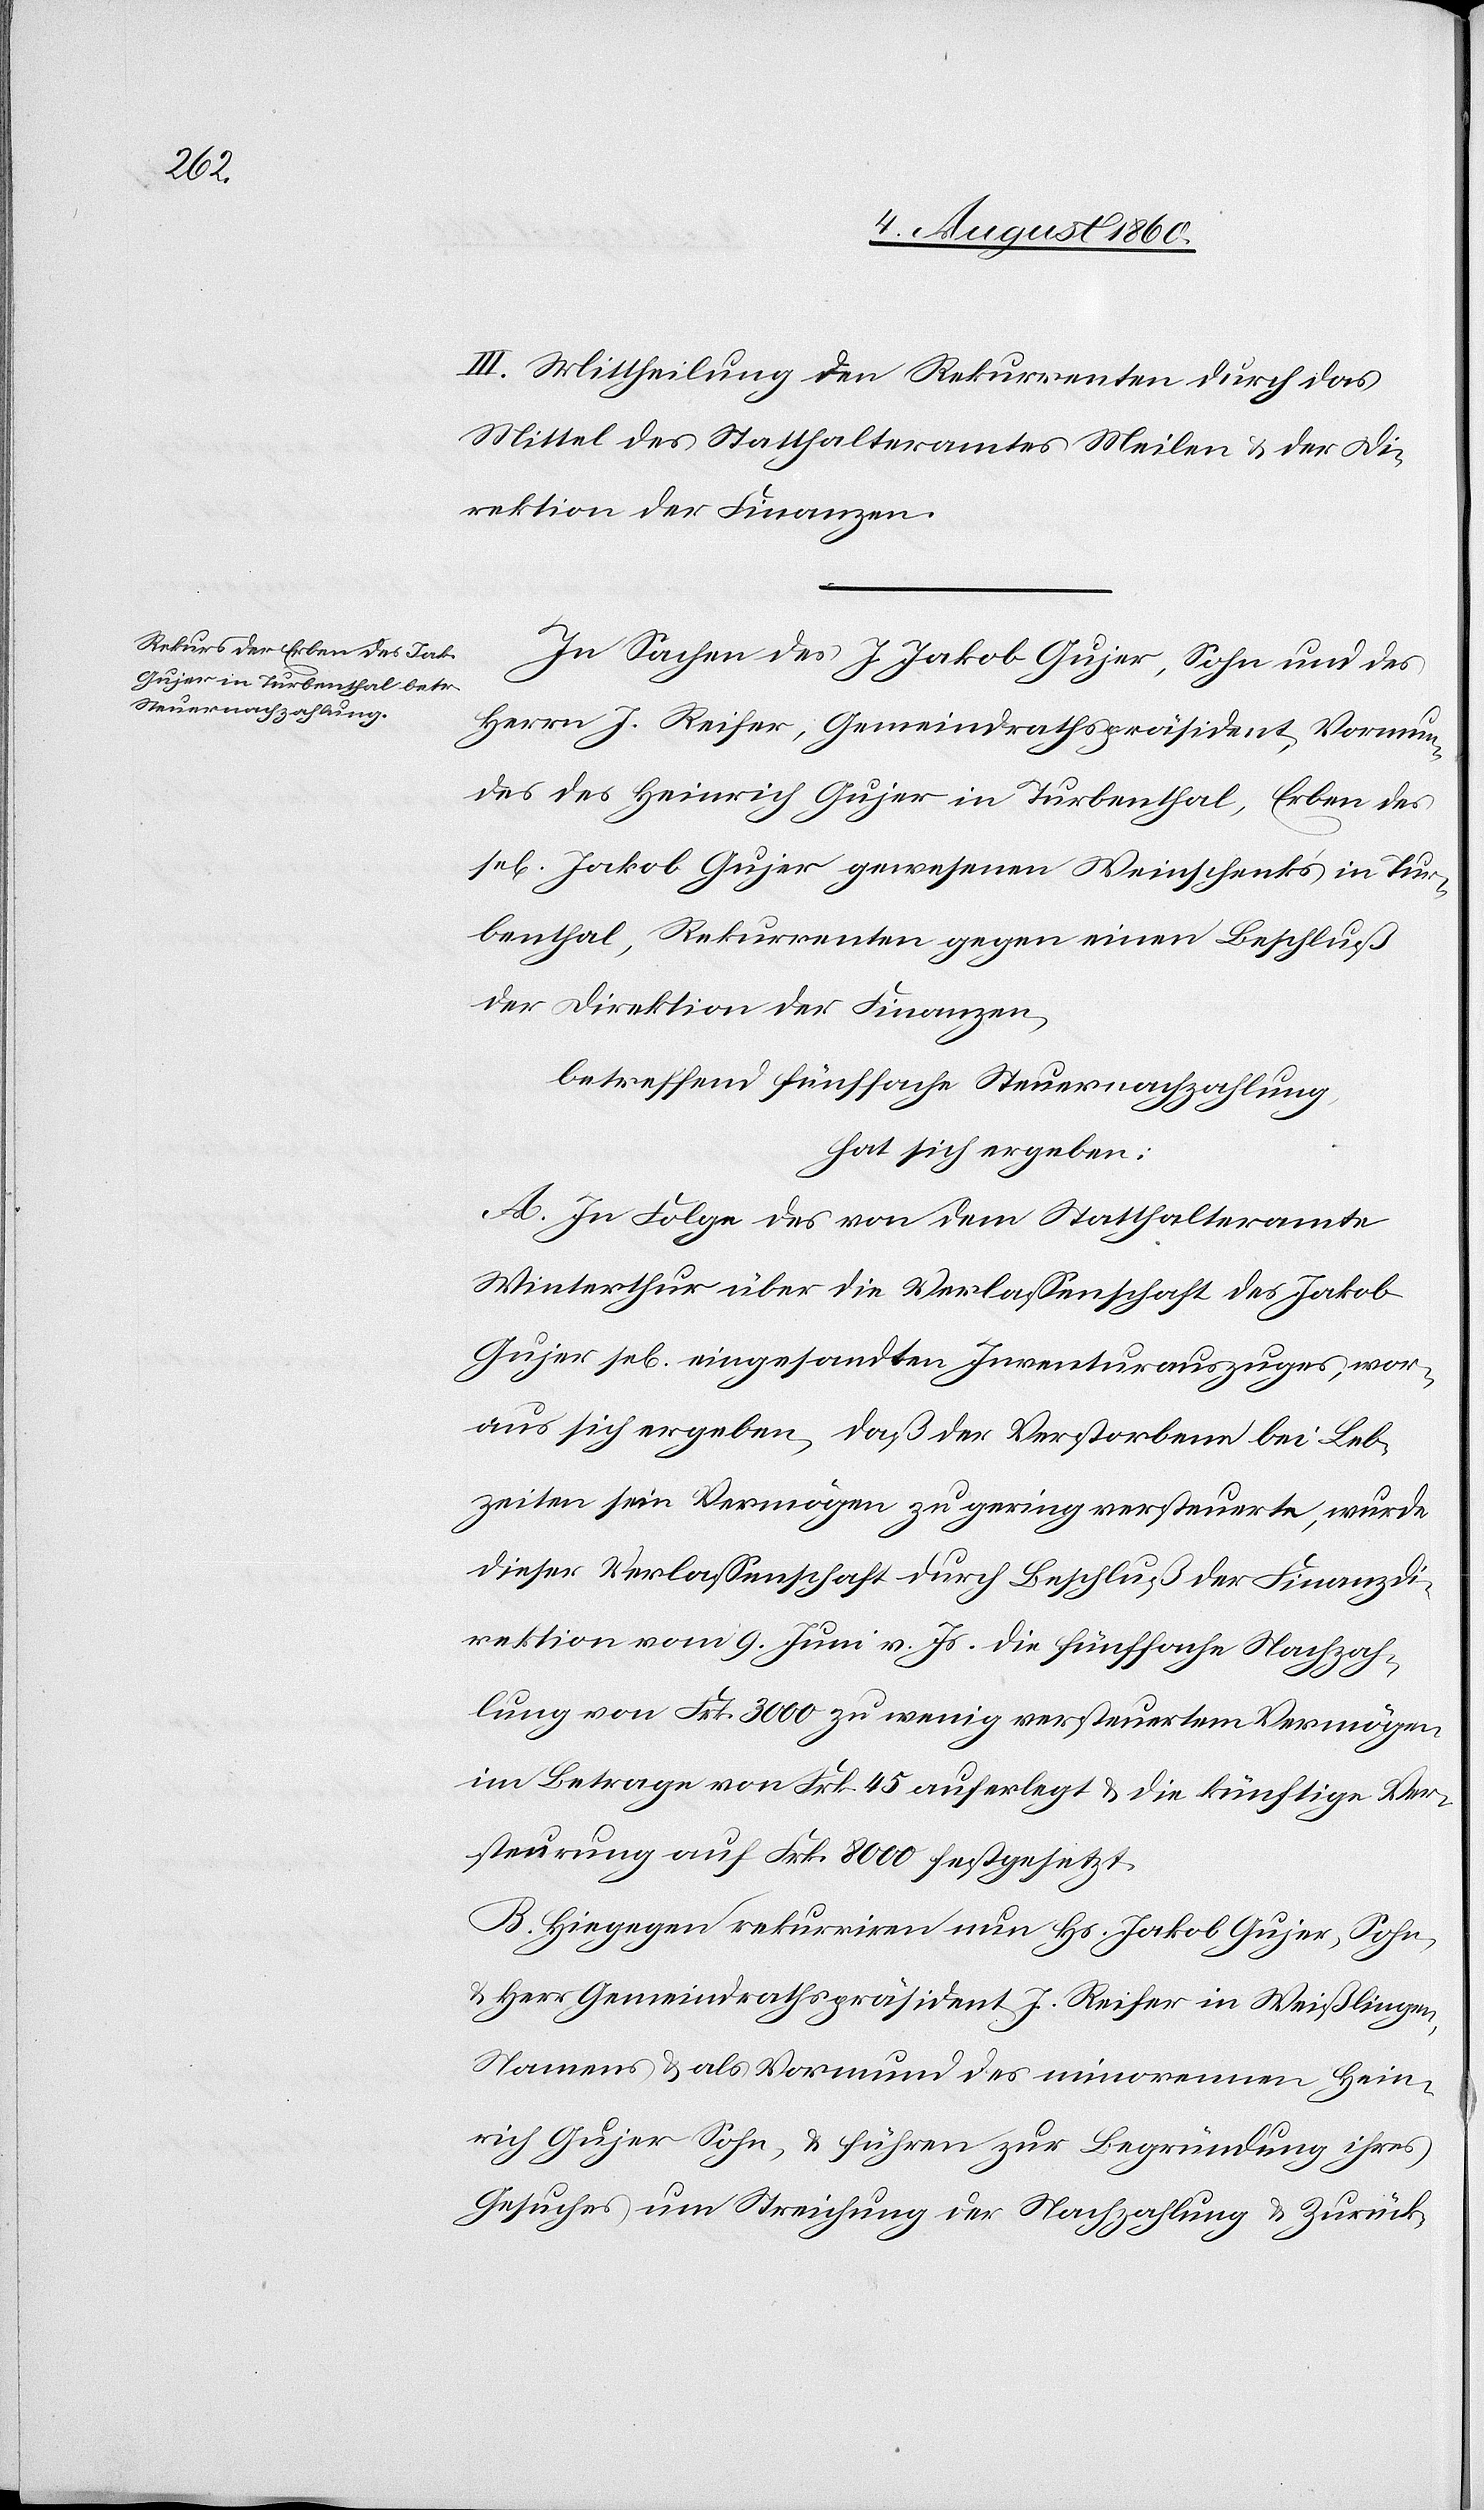
III. Mittheilung den Rekurrenten durch das
Mittel des Statthalteramtes Meilen und der Di¬
rektion der Finanzen.
In Sachen des J. Jakob Gujer, Sohn und des
Herrn J. Reifer, Gemeindrathspräsident, Vormun¬
des des Heinrich Gujer in Turbenthal, Erben des
sel. Jakob Gujer gewesenen Weinschenk in Tur¬
benthal, Rekurrenten gegen einen Beschluss
der Direktion der Finanzen,
betreffend fünffache Steuernachzahlung,
hat sich ergeben:
A. In Folge des von dem Statthalteramt
Winterthur über die Verlassenschaft des Jakob
Gujer sel. eingesandten Inventurauszuges, wor¬
aus sich ergeben, dass der Verstorbene bei Leb¬
zeiten sein Vermögen zu gering versteuerte, wurde
dieser Verlassenschaft durch Beschluss der Finanzdi¬
rektion vom 9. Juni v. Js. die fünffache Nachzah¬
lung von Frk. 3000 zu wenig versteuertem Vermögen
im Betrage von fcs. 45 auferlegt u. die künftige Ver¬
steuerung auf fcs. 8000 festgesetzt.
B. Hiegegen rekurriren nun Hs. Jakob Gujer, Sohn
Hr. Gemeindrathspräsident J. Reifer in Weisslingen,
Namens und als Vormund des minorennen Hein¬
rich Gujer, Sohn, und führen zur Begründung ihres
Gesuches um Streichung der Nachzahlung und Zurück-